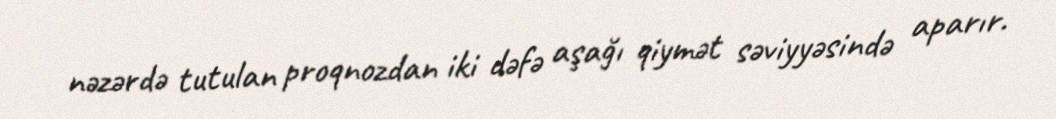
nəzərdə tutulan proqnozdan iki dəfə aşağı qiymət səviyyəsində aparır.